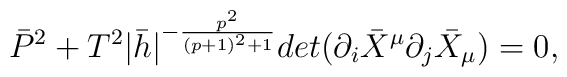
\bar{P} ^{2} + T^{2}|\bar{h} | ^{-\frac{p^{2}}{(p+1)^{2}+1}} det(\partial_{i}\bar{X} ^{\mu}\partial_{j}\bar{X} _{\mu})=0,